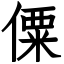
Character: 僳